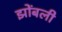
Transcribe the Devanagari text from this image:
झोंबली